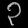
Digit: ၃